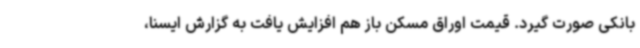
بانکی صورت گیرد. قیمت اوراق مسکن باز هم افزایش یافت به گزارش ایسنا،